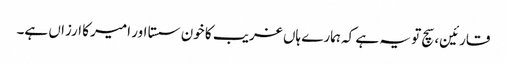
قارئین، سچ تو یہ ہے کہ ہمارے ہاں غریب کا خون سستا اور امیر کا ارزاں ہے۔